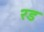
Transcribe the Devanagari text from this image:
२ड